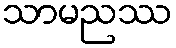
သာမညဿ